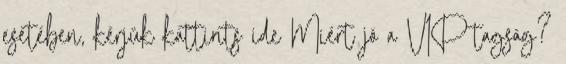
esetében, kérjük kattints ide Miért jó a VIP tagság?